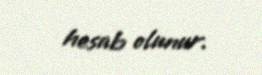
hesab olunur.